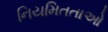
નિયમિતતાઓ